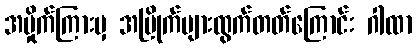
အမှိုက်ကြားမှ အမြိုက်များထွက်တတ်ကြောင်း ဂါထာ